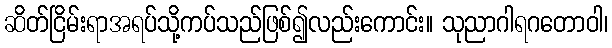
ဆိတ်ငြိမ်းရာအရပ်သို့ကပ်သည်ဖြစ်၍လည်းကောင်း။ သုညာဂါရဂတောဝါ၊